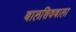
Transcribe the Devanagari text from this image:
बालशिवबाला